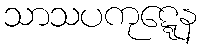
သာသပကုဋ္ဋေန